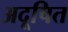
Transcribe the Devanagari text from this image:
अदूषित